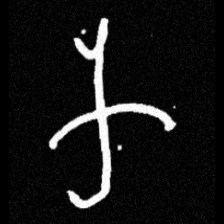
Pyu character \u2014 Myanmar letter: က (romanized: ka)